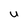
Character: U